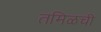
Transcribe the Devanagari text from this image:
तमिळची